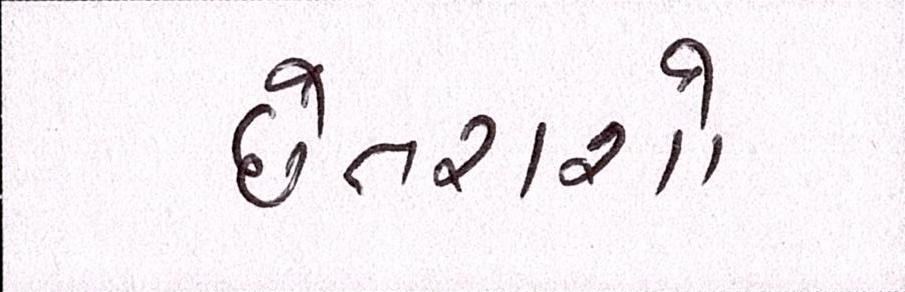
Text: છેતરાશો